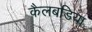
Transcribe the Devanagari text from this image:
कैलबडिया